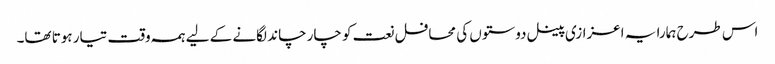
اس طرح ہمارا یہ اعزازی پینل دوستوں کی محافل نعت کو چار چاند لگانے کے لیے ہمہ وقت تیار ہوتا تھا۔